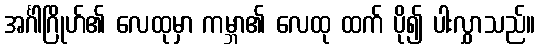
အင်္ဂါဂြိုဟ်၏ လေထုမှာ ကမ္ဘာ၏ လေထု ထက် ပို၍ ပါးလွှာသည်။